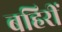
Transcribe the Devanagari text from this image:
बहिरीं